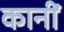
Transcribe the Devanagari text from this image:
कानीं